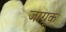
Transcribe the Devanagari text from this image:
जाग्रूक